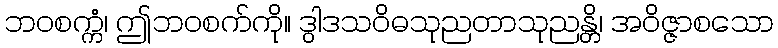
ဘဝစက္ကံ၊ ဤဘဝစက်ကို။ ဒွါဒသဝိဓသုညတာသုညန္တိ၊ အဝိဇ္ဇာစသော